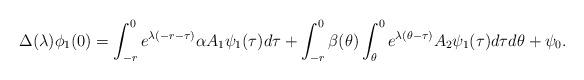
LaTeX: \begin{align*}\Delta(\lambda) \phi_1(0) = \int^0_{-r} e^{\lambda(-r-\tau)}\alpha A_1\psi_1(\tau)d\tau + \int^0_{-r} \beta(\theta) \int^0_{\theta} e^{\lambda(\theta-\tau)}A_2\psi_1(\tau)d\tau d\theta+\psi_0.\end{align*}